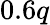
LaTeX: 0.6q